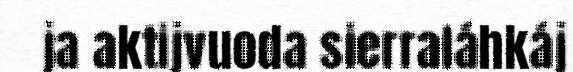
ja aktijvuoda sierraláhkáj